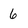
Character: 6